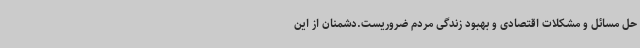
حل مسائل و مشکلات اقتصادی و بهبود زندگی مردم ضروریست.دشمنان از این